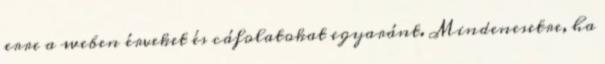
erre a weben érveket és cáfolatokat egyaránt. Mindenesetre, ha